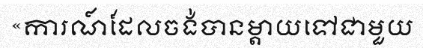
«ការណ៍ដែលចង់បានម្តាយទៅជាមួយ